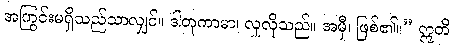
အကြွင်းမရှိသည်သာလျှင်။ ဒါတုကာမာ၊ လှူလိုသည်။ အမှီ၊ ဖြစ်၏။” ဣတိ